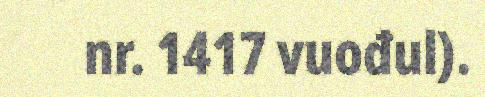
nr. 1417 vuođul).